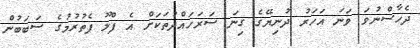
ދެހާސްނުވަ ވަނަ އަހަރު ދުނިޔޭގެ ގިނަ ސަރަހައްދުތަކަށް އެ ފްލޫ ފެތުރުމުގެ ސަބަބުން